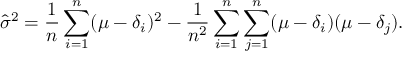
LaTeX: { \widehat { \sigma } } ^ { 2 } = { \frac { 1 } { n } } \sum _ { i = 1 } ^ { n } ( \mu - \delta _ { i } ) ^ { 2 } - { \frac { 1 } { n ^ { 2 } } } \sum _ { i = 1 } ^ { n } \sum _ { j = 1 } ^ { n } ( \mu - \delta _ { i } ) ( \mu - \delta _ { j } ) .